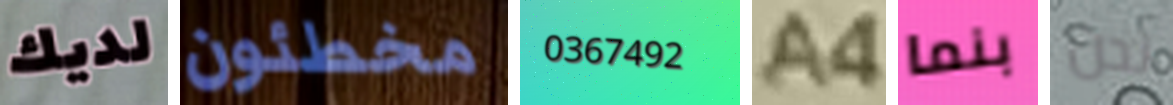
لديك مخطئون 0367492 A4 بنما نحن